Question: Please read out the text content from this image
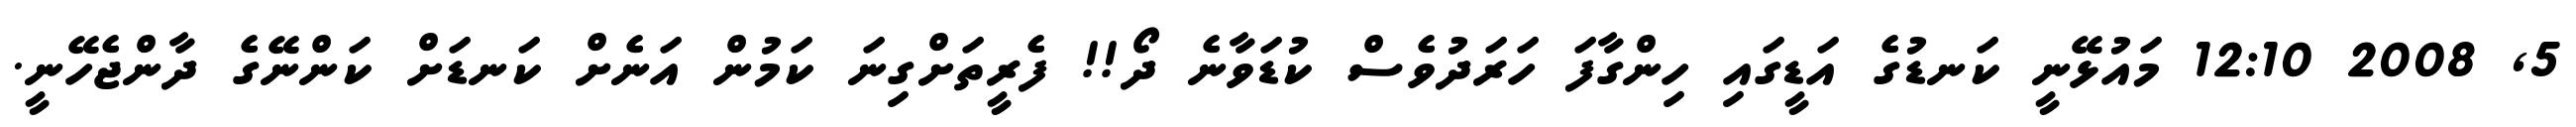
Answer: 5, 2008 12:10 މައުޅޭނީ ކަނޑުގެ އަޑީގައި ހިންގާފަ ހަރަދުވެސް ކުޑަވާނެ ދޯ!! ފެރީތަށްގިނަ ކަމުން އަނެށް ކަނޑަށް ކަންނޭގެ ދާންޖެހޭނީ.